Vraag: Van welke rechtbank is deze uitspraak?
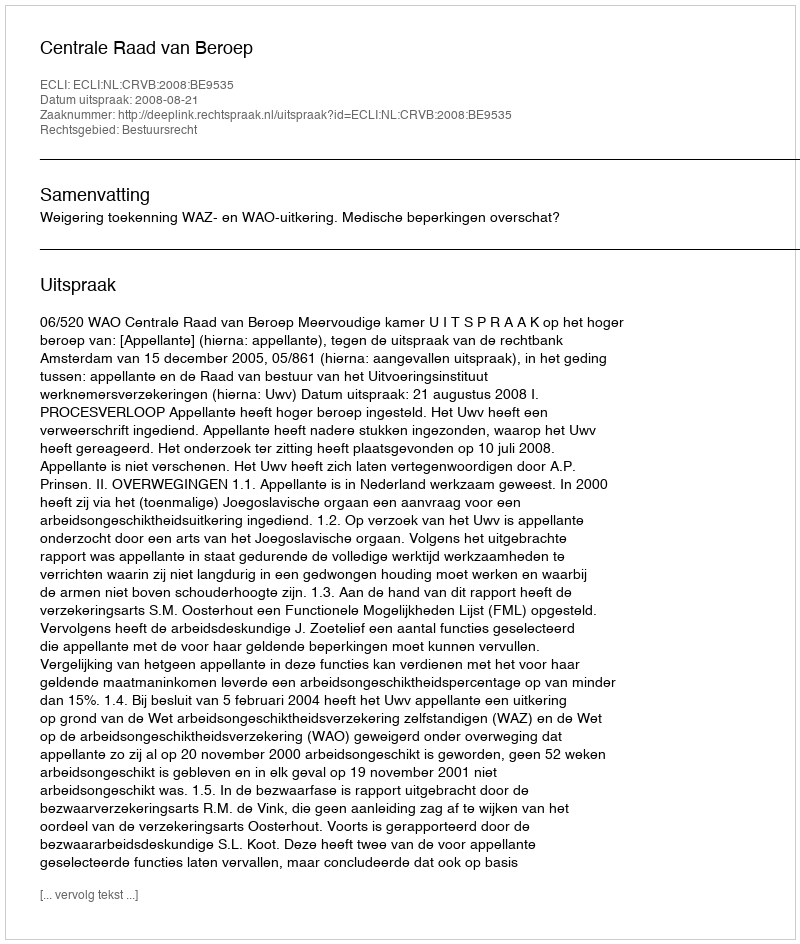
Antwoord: Centrale Raad van Beroep